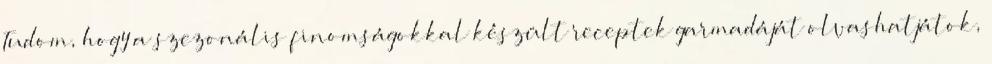
Tudom, hogy a szezonális finomságokkal készült receptek garmadáját olvashatjátok,